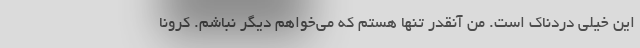
این خیلی دردناک است. من آنقدر تنها هستم که می‌خواهم دیگر نباشم. کرونا